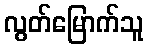
လွတ်မြောက်သူ